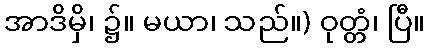
အာဒိမှိ၊ ၌။ မယာ၊ သည်။) ဝုတ္တံ၊ ပြီ။